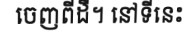
ចេញពីដី។ នៅទីនេះ